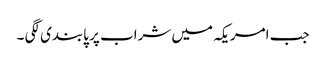
جب امریکہ میں شراب پر پابندی لگی ۔